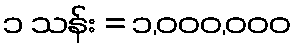
၁ သန်း = ၁,၀၀၀,၀၀၀